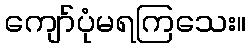
ကျော်ပုံမရကြသေး။